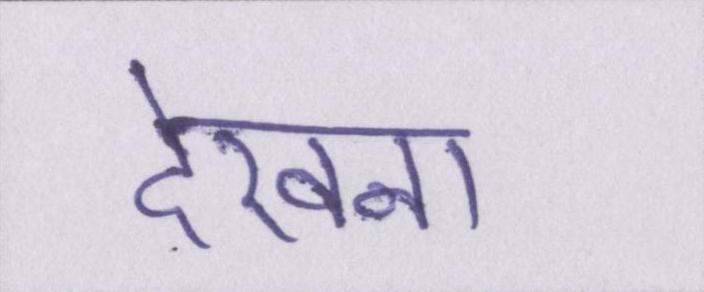
देखना